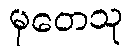
မုတေသု